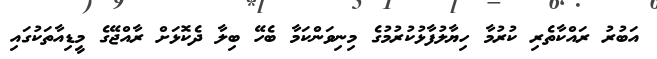
އަބުރު ރައްކާތެރި ކުރުމާ ހިޔާލުފާޅުކުރުމުގެ މިނިވަންކަމާ ބެހޭ ބިލާ ދެކޮޅަށް ރާއްޖޭގެ މީޑިއާތަކުގައި